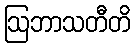
ဩဘာသတီတိ